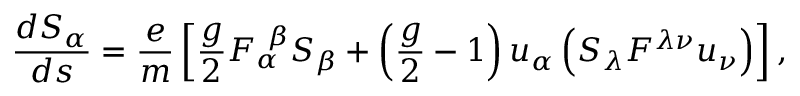
\frac { d S _ { \alpha } } { d s } = \frac e m \left[ \frac g 2 F _ { \alpha } ^ { \ \beta } S _ { \beta } + \left( \frac g 2 - 1 \right) u _ { \alpha } \left( S _ { \lambda } F ^ { \lambda \nu } u _ { \nu } \right) \right] ,